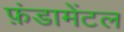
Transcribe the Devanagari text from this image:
फ़ंडामेंटल